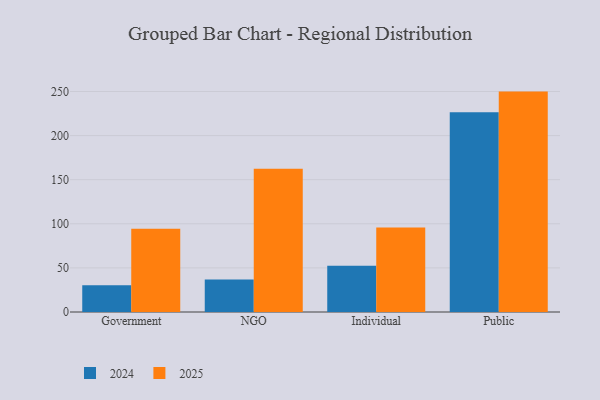
{"axis": {"x": "Segment", "y": "Population (Million)"}, "legend": ["2024", "2025"], "data": [{"x": "Government", "y": 94.5, "type": "2025"}, {"x": "Government", "y": 30.3, "type": "2024"}, {"x": "NGO", "y": 162.3, "type": "2025"}, {"x": "NGO", "y": 36.9, "type": "2024"}, {"x": "Individual", "y": 95.9, "type": "2025"}, {"x": "Individual", "y": 52.4, "type": "2024"}, {"x": "Public", "y": 249.9, "type": "2025"}, {"x": "Public", "y": 226.5, "type": "2024"}]}